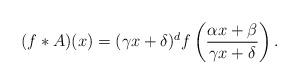
LaTeX: \begin{align*} (f*A)(x) = (\gamma x + \delta)^d f\left( \frac{\alpha x+ \beta}{\gamma x + \delta}\right). \end{align*}